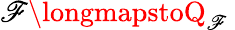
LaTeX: \mathscr{F}\longmapstoQ_{\mathscr{F}}~